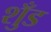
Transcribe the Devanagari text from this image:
शुँड